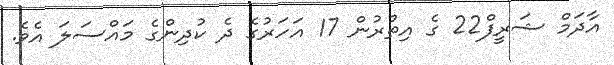
އާދަމް ޝަރީފް22 ގެ އިތުރުން 17 އަހަރުގެ ދެ ކުދިންގެ މައްސަލަ އެވެ.